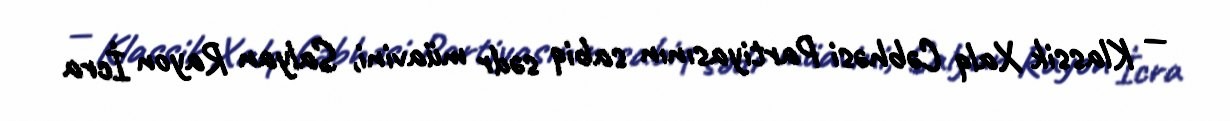
— Klassik Xalq Cəbhəsi Partiyasının sabiq sədr müavini, Salyan Rayon İcra